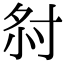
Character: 𡭫